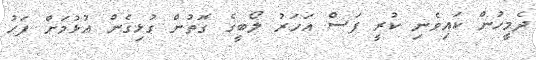
ދެމީހުން ކައިވެނި ކުރީ ފަސް އަހަރު ލޯބީގެ ގޮތުން ގުޅިގެން އުޅުމަށް ފަހު